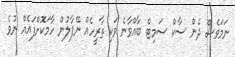
ނަމަވެސް ދެން ސާކް ސަމިޓް ބާއްވާނެ ވަކި ތާރީހެއް ނޭޕާލުން ހާމަކޮށްފައެއް ނުވެ